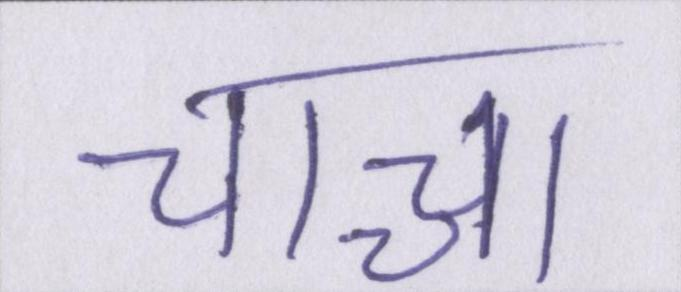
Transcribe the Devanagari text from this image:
चाच्चा